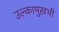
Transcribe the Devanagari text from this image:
उल्कामुखभी